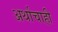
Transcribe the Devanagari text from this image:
अर्थाचाही